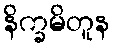
နိက္ခမိတူန